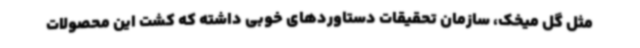
مثل گل میخک، سازمان تحقیقات دستاوردهای خوبی داشته که کشت این محصولات